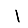
Digit: 1